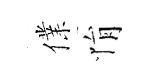
㒒悁